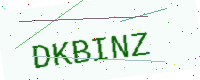
Text: DKBINZ